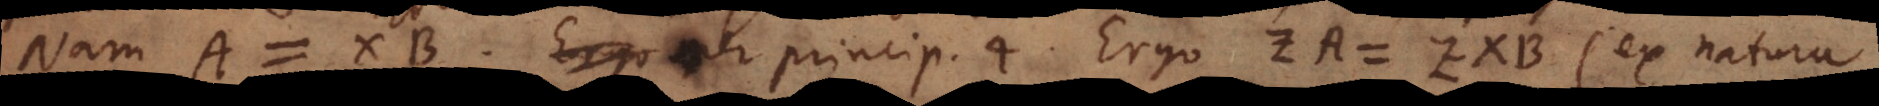
Nam A = XB per princip. 4. Ergo ZA = ZXB (ex natura